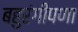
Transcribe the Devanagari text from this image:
बहुरंगीपणा